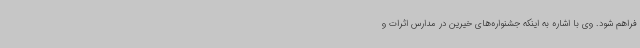
فراهم شود. وی با اشاره به اینکه جشنواره‌های خیرین در مدارس اثرات و